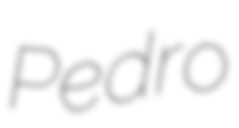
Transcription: Pedro